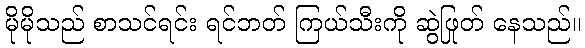
မိုမိုသည် စာသင်ရင်း ရင်ဘတ် ကြယ်သီးကို ဆွဲဖြုတ် နေသည်။